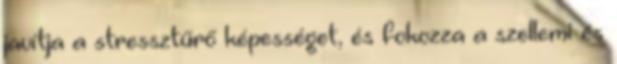
javítja a stressztűrő képességet, és fokozza a szellemi és